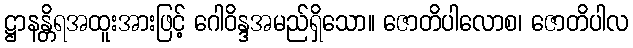
ဋ္ဌာနန္တိရအထူးအားဖြင့် ဂေါဝိန္ဒအမည်ရှိသော။ ဇောတိပါလောစ၊ ဇောတိပါလ